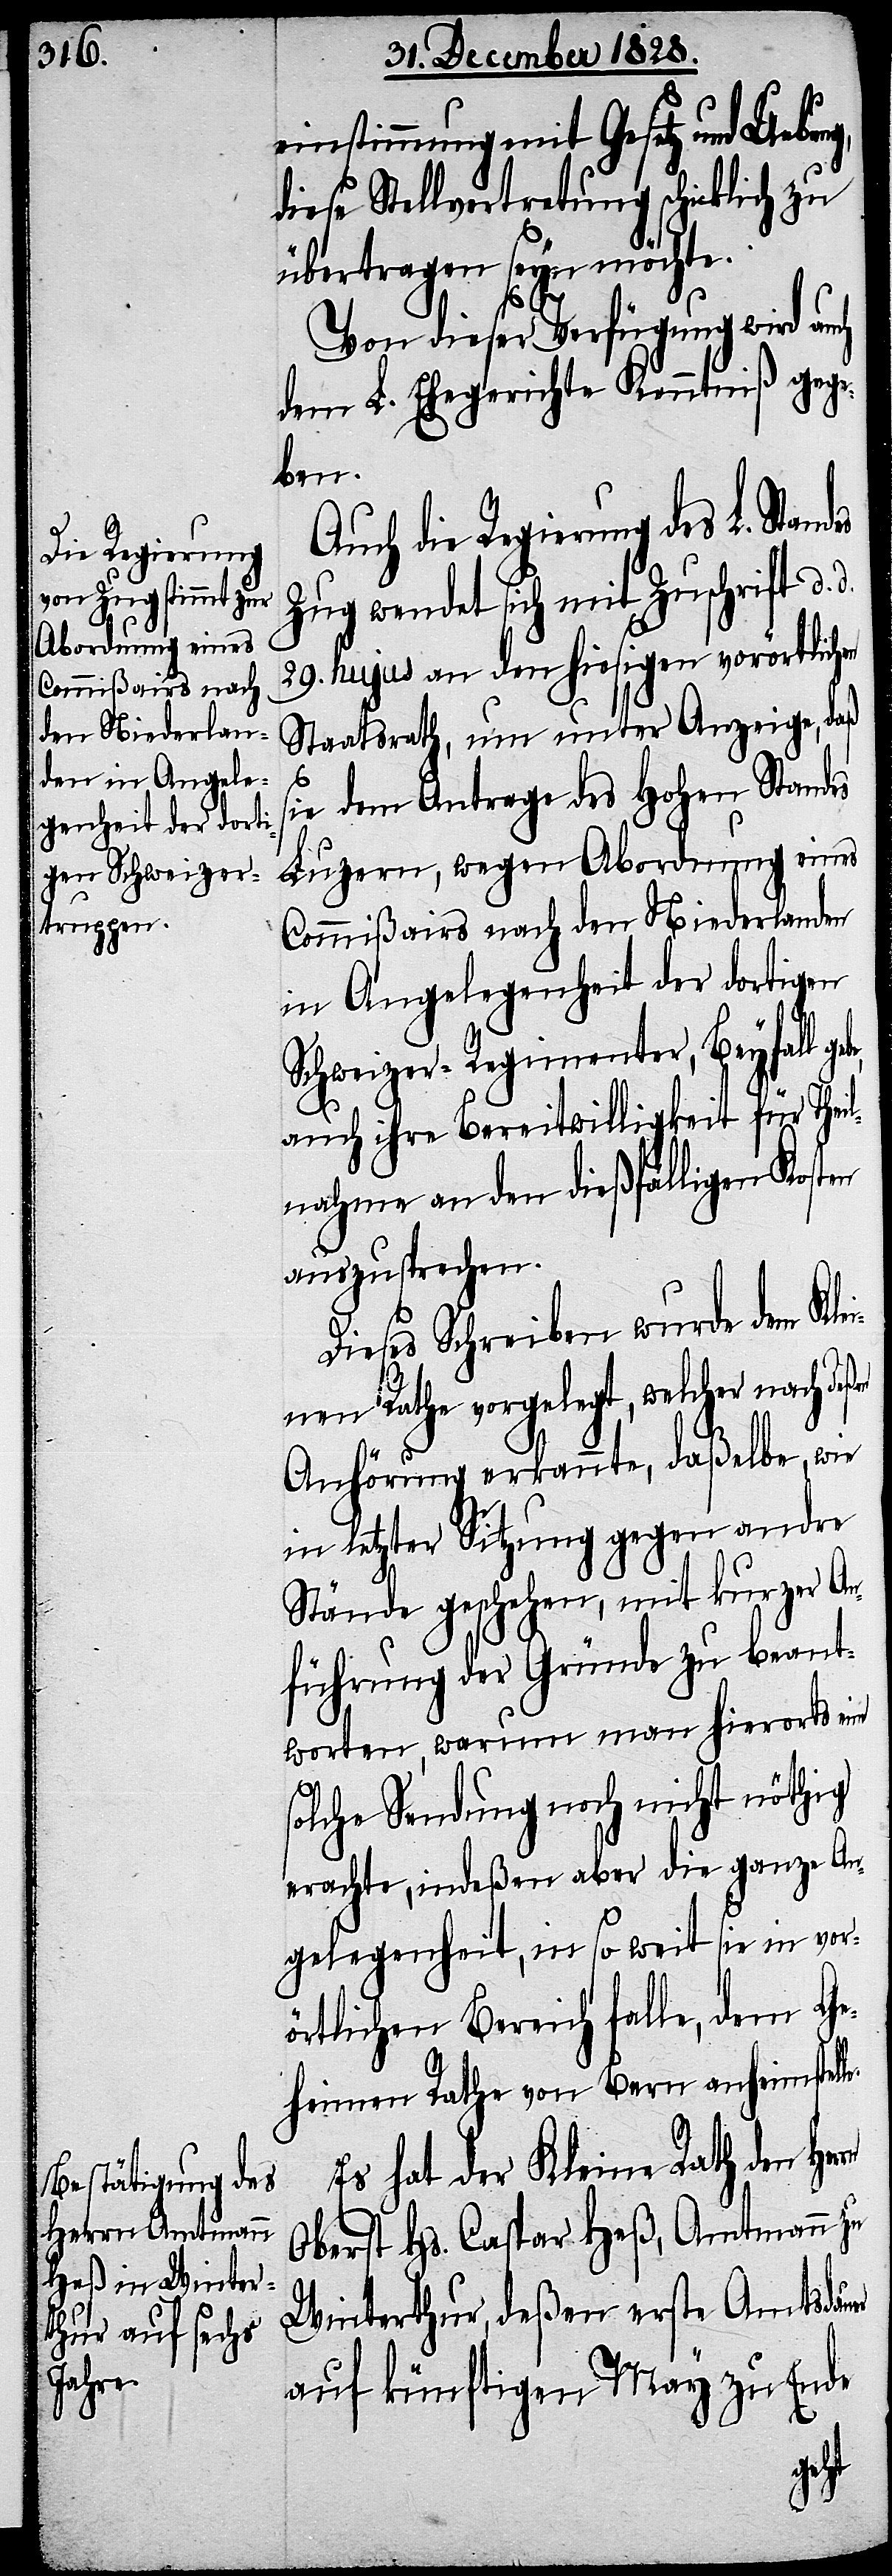
einstimmung mit Gesetz und Uebun¬
diese Stellvertretung schicklich zu
übertragen seyn möchte.
Von dieser Verfügung wird auch
dem L. Ehegerichte Kenntniß gege¬
ben.
Auch die Regierung des L. Sta¬
Zug wendet sich mit Zuschrift d.
29. hujus an den hiesigen vorörtlichen
Staatsrath, um unter Anzeige, daß
le.
ie dem Antrage des Hohen Standes
Luzern, wegen Abordnung eines
Commißairs nach den Niederlanden
in Angelegenheit der dortigen
rn
Schweizer-Regimenter, Beyfall
auch ihre Bereitwilligkeit für Thei¬
lnahme an den dießfälligen Kosten
auszusprechen.
Dieses Schreiben wurde dem Klei¬
nen Rathe vorgelegt, welcher nach de¬
Anhörung erkannte, daßelbe, wie
in letzter Sitzung gegen andre
Stände geschehen, mit kurzer An¬
führung der Gründe zu beant¬
worten, warum man hierorts eine
solche Sendung noch nicht nöthig
erachte, indeßen aber die ganze An¬
gelegenheit, in so weit sie in vor¬
örtlichen Bereich fallen, dem Ge¬
heimen Rathe von Bern anheimstel¬
Es hat der Kleine Rath den Her¬
Oberst Hs. Caspar Heß, Amtmann zu
Winterthur, deßen erste Amtsdauer
auf künftigen May zu Ende
ndes